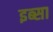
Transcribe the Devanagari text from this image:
इब्‍सा